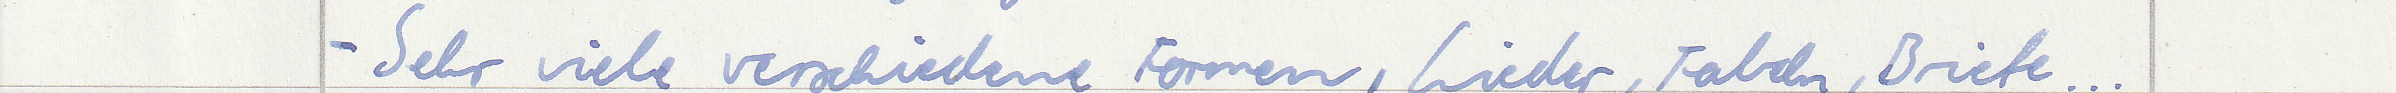
- Sehr viele verschiedene Formen, Lieder, Fabeln, Briefe...